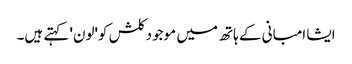
ایشا امبانی کے ہاتھ میں موجود کلش کو'لون' کہتے ہیں۔